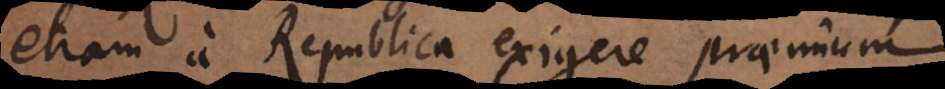
etiam a Republica exigere praemium